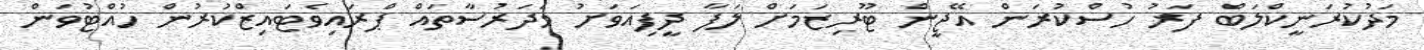
މަދުކުރަނީކްލަބް ފަރު ހުސްކުރަން އޭޖީން ޓޫރިޒަމަށް ލަފާ ދީފިއަވަށު މަދަރުސާތައް ޕްރައިވެޓައިޒްކުރުން ހުއްޓުވަން